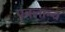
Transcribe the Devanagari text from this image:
एवलान्च